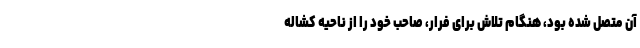
آن متصل شده بود، هنگام تلاش برای فرار، صاحب خود را از ناحیه کشاله